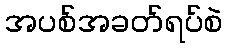
အပစ်အခတ်ရပ်စဲ